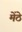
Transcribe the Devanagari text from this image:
मेंठे